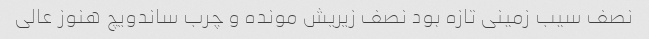
نصف سیب زمینی تازه بود نصف زیریش مونده و چرب ساندویچ هنوز عالی